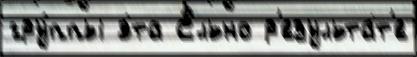
гру́ппы э́та Ельно р'езульта́т'е